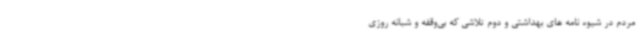
مردم در شیوه نامه های بهداشتی و دوم تلاشی که بی‌وقفه و شبانه روزی